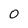
Character: 0